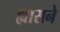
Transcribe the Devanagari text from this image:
ह्यासने